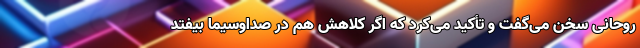
روحانی سخن می‌گفت و تأکید می‌کرد که اگر کلاهش هم در صداوسیما بیفتد